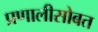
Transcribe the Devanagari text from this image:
प्रणालीसोबत